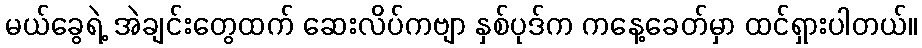
မယ်ခွေရဲ့ အဲချင်းတွေထက် ဆေးလိပ်ကဗျာ နှစ်ပုဒ်က ကနေ့ခေတ်မှာ ထင်ရှားပါတယ်။